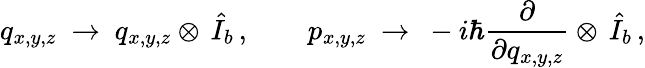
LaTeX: q_{x,y,z}~\to~q_{x,y,z}\otimes\, \hat{I}_{b}\, ,\qquad p_{x,y,z}~\to~-i\hbar\frac{\partial}{\partial q_{x,y,z}}\otimes\, \hat{I}_{b}\, ,